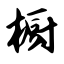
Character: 橱